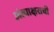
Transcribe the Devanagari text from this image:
अंत्याक्षराची